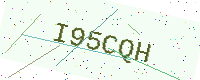
Text: I95CQH